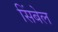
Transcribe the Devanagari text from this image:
सिंबेल